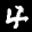
Label: 4